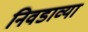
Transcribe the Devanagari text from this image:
निवडाव्या